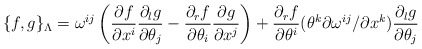
\begin{align*} \{f,g\}_{\Lambda}= \omega^{ij}\left(\frac{\partial f}{\partial x^i}\frac{\partial _lg}{\partial \theta _j}-\frac{\partial _rf}{\partial \theta _i}\frac{\partial g}{\partial x^j}\right)+ \frac{\partial_r f}{\partial \theta^i}(\theta ^k{\partial \omega ^{ij}}/{\partial x^k})\frac{\partial _lg}{\partial \theta _j}\end{align*}